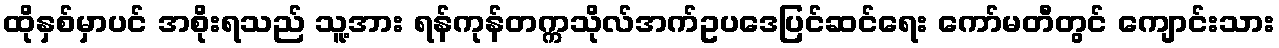
ထိုနှစ်မှာပင် အစိုးရသည် သူ့အား ရန်ကုန်တက္ကသိုလ်အက်ဥပဒေပြင်ဆင်ရေး ကော်မတီတွင် ကျောင်းသား